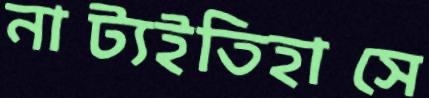
নাট্যইতিহাসে